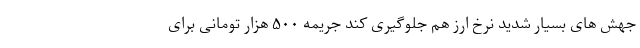
جهش های بسیار شدید نرخ ارز هم جلوگیری کند جریمه ۵۰۰ هزار تومانی برای